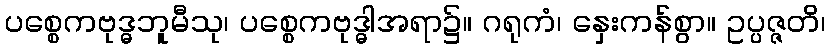
ပစ္စေကဗုဒ္ဓဘူမီသု၊ ပစ္စေကဗုဒ္ဓါအရာ၌။ ဂရုကံ၊ နှေးကန်စွာ။ ဥပ္ပဇ္ဇတိ၊